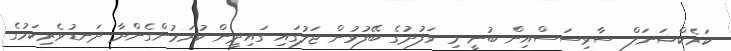
ކަރެކްޝަނަލް ސާވިސަސްއިން ބުނީ މި ވަފުދުގެ ބޭފުޅުން ޖަލުގައި ގައިދީން ކުރަމުންގެންދާ ދަނޑުވެރިކަމުގެ